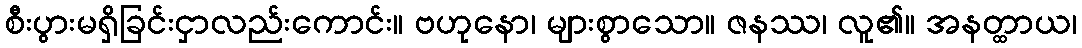
စီးပွားမရှိခြင်းငှာလည်းကောင်း။ ဗဟုနော၊ များစွာသော။ ဇနဿ၊ လူ၏။ အနတ္ထာယ၊